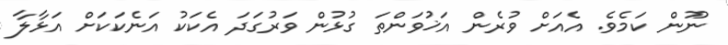
ނޫން ކަމެވެ. އެއަށް ވުރެން އަޚުވަންތަ ގުޅުން ވަރުގަދަ އެކަކު އަނެކަކަށް އަޅާލާ